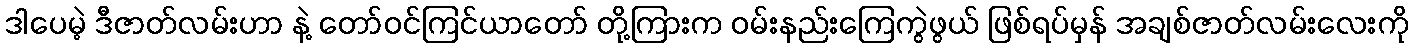
ဒါပေမဲ့ ဒီဇာတ်လမ်းဟာ နဲ့ တော်ဝင်ကြင်ယာတော် တို့ကြားက ဝမ်းနည်းကြေကွဲဖွယ် ဖြစ်ရပ်မှန် အချစ်ဇာတ်လမ်းလေးကို